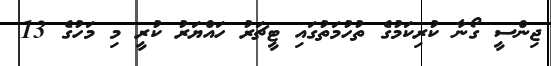
ޖިންސީ ގޯނާ ކުރިކަމުގެ ތުހުމަތުގައި ޓީޗަރު ހައްޔަރު ކުރީ މި މަހުގެ 13